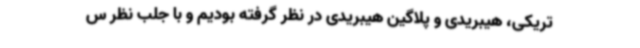
تریکی، هیبریدی و پلاگین هیبریدی در نظر گرفته بودیم و با جلب نظر س